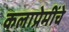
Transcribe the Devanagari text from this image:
कलाप्रेमींचे